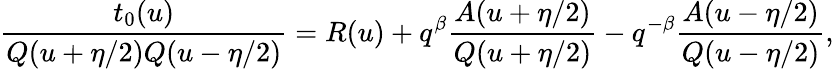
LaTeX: \frac{t_{0}(u)}{Q(u+\eta/2)Q(u-\eta/2)}=R(u)+q^{\beta}\frac{A(u+\eta/2)}{Q(u+\eta/2)}-q^{-\beta}\frac{A(u-\eta/2)}{Q(u-\eta/2)},